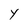
Character: Y